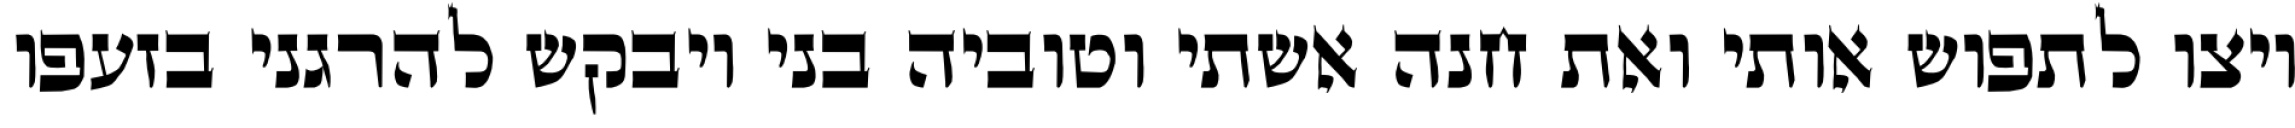
ויצו לתפוש אותי ואת חנה אשתי וטוביה בני ויבקש להרגני בזעפו